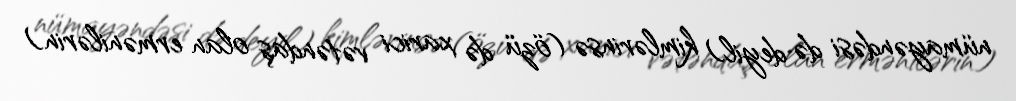
nümayəndəsi də deyil) kimlərinsə (özü də xarici vətəndaş olan ermənilərin)